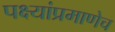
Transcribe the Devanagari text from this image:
पक्ष्यांप्रमाणेच